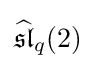
{\widehat {\mathfrak {sl}}}_{q}(2)